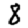
Digit: 8